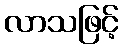
လာသဖြင့်